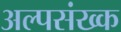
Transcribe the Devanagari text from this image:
अल्पसंख्क